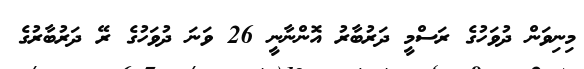
މިނިވަން ދުވަހުގެ ރަސްމީ ދަރުބާރު އޮންނާނީ 26 ވަނަ ދުވަހުގެ ރޭ ދަރުބާރުގެ